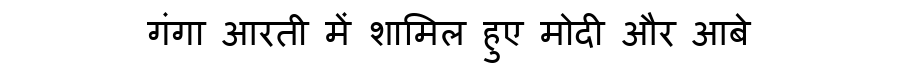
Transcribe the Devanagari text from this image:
गंगा आरती में शामिल हुए मोदी और आबे